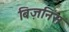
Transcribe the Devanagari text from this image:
बिज़निस